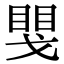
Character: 𢧮